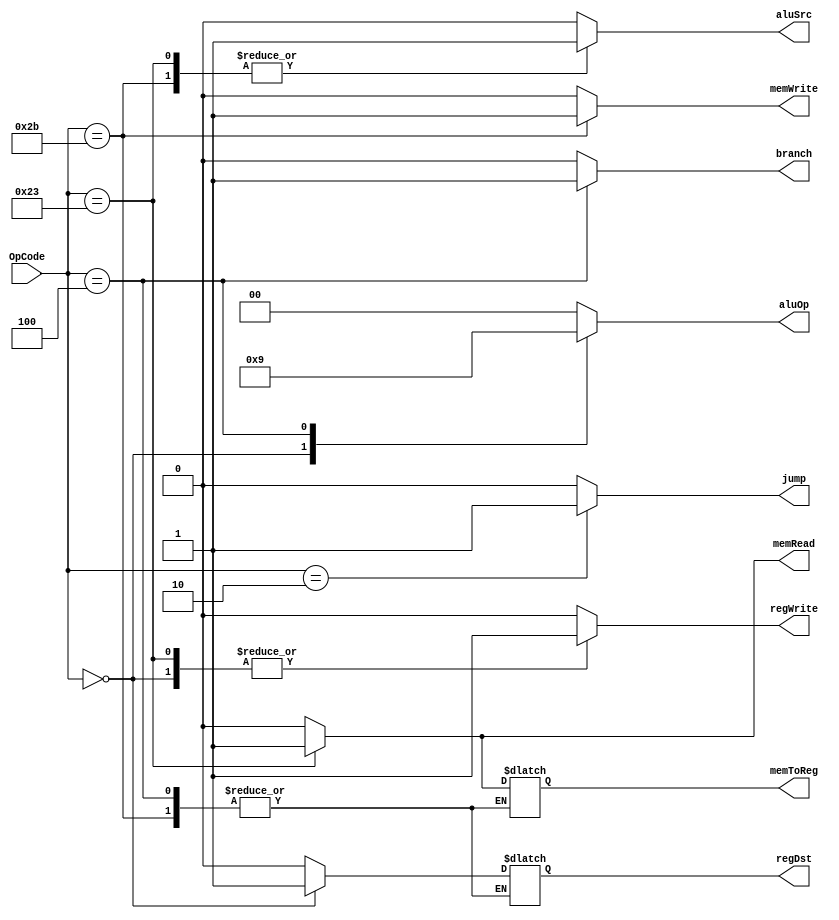
`timescale 1ns / 1ps
//////////////////////////////////////////////////////////////////////////////////
// Company: 
// Engineer: 
// 
// Design Name: 
// Module Name: Ctr
// Project Name: 
// Target Devices: 
// Tool Versions: 
// Description: 
// 
// Dependencies: 
// 
// Revision:
// Revision 0.01 - File Created
// Additional Comments:
// 
//////////////////////////////////////////////////////////////////////////////////


module Ctr(
    input [5:0] OpCode,
    output regDst,
    output aluSrc,
    output memToReg,
    output regWrite,
    output memRead,
    output memWrite,
    output branch,
    output [1:0] aluOp,
    output jump
    );
    
    reg RegDst;
    reg ALUSrc;
    reg MemToReg;
    reg RegWrite;
    reg MemRead;
    reg MemWrite;
    reg Branch;
    reg [1:0] ALUOp;
    reg Jump;
    
    always @ (OpCode)
    begin
        case(OpCode)
        6'b000000:  // R type
        begin
            RegDst = 1;
            ALUSrc = 0;
            MemToReg = 0;
            RegWrite = 1;
            MemRead = 0;
            MemWrite = 0;
            Branch = 0;
            ALUOp = 2'b10;
            Jump = 0;
        end
        
        6'b100011:  // lw
        begin
            RegDst = 0;
            ALUSrc = 1;
            MemToReg = 1;
            RegWrite = 1;
            MemRead = 1;
            MemWrite = 0;
            Branch = 0;
            ALUOp = 2'b00;
            Jump = 0;
        end
        
        6'b101011:  // sw
        begin
            //RegDst = x;
            ALUSrc = 1;
            //MemToReg = x;
            RegWrite = 0;
            MemRead = 0;
            MemWrite = 1;
            Branch = 0;
            ALUOp = 2'b00;
            Jump = 0;
        end
        
        6'b000100:  // beq
        begin
            //RegDst = x;
            ALUSrc = 0;
            //MemToReg = x;
            RegWrite = 0;
            MemRead = 0;
            MemWrite = 0;
            Branch = 1;
            ALUOp = 2'b01;
            Jump = 0;
        end
        
        6'b000010:  // jump
        begin
            RegDst = 0;
            ALUSrc = 0;
            MemToReg = 0;
            RegWrite = 0;
            MemRead = 0;
            MemWrite = 0;
            Branch = 0;
            ALUOp = 2'b00;
            Jump = 1;
        end
        
        default:
        begin
            RegDst = 0;
            ALUSrc = 0;
            MemToReg = 0;
            RegWrite = 0;
            MemRead = 0;
            MemWrite = 0;
            Branch = 0;
            ALUOp = 2'b00;
            Jump = 0;
        end
        endcase
    end
    
    assign regDst = RegDst;
    assign aluSrc = ALUSrc;
    assign memToReg = MemToReg;
    assign regWrite = RegWrite;
    assign memRead = MemRead;
    assign memWrite = MemWrite;
    assign branch = Branch;
    assign aluOp = ALUOp;
    assign jump = Jump;
endmodule